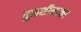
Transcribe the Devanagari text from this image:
तुळशीमाळा